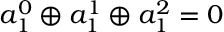
a _ { 1 } ^ { 0 } \oplus a _ { 1 } ^ { 1 } \oplus a _ { 1 } ^ { 2 } = 0